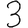
Digit: 3